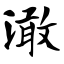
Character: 澉